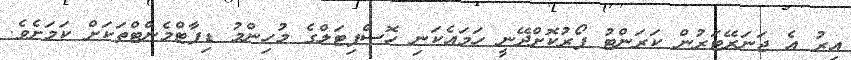
އިރު އެ ޖަނަރޭޓަރުން ކަރަންޓު ފޯރުކޮށްދޭނީ ހަމައެކަނި ހޮސްޕިޓަލްގެ މުހިންމު ޑިޕާޓްމެންޓްތަކަށް ކަމަށެވެ.